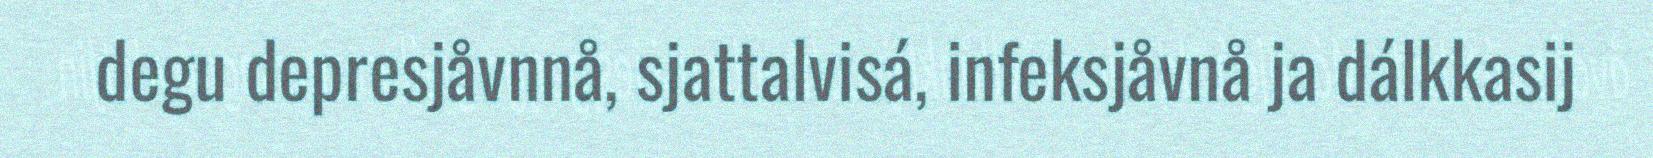
degu depresjåvnnå, sjattalvisá, infeksjåvnå ja dálkkasij